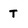
Character: T